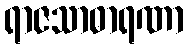
ရာဇသာဓာရဏာ